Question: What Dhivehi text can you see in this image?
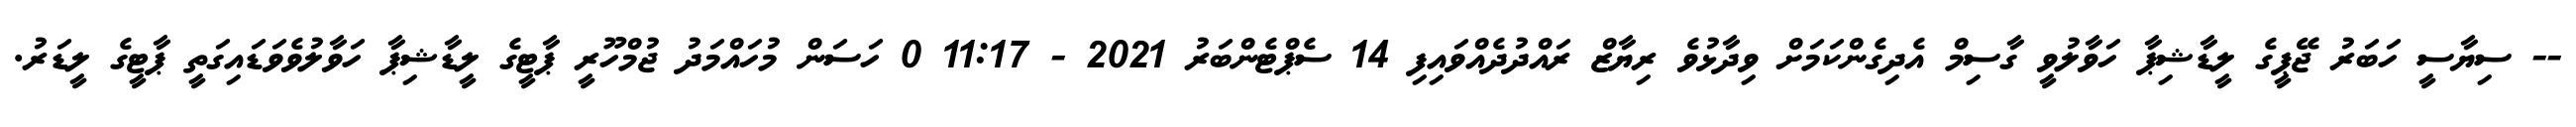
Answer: -- ސިޔާސީ ހަބަރު ޖޭޕީގެ ލީޑާޝިޕާ ހަވާލުވީ ގާސިމް އެދިގެންކަމަށް ވިދާޅުވެ ރިޔާޒް ރައްދުދެއްވައިފި 14 ސެޕްޓެންބަރު 2021 - 11:17 0 ހަސަން މުހައްމަދު ޖުމްހޫރީ ޕާޓީގެ ލީޑާޝިޕާ ހަވާލުވެވަޑައިގަތީ ޕާޓީގެ ލީޑަރު.